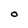
Character: O